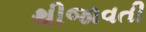
થીજાવતી